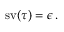
\operatorname { s v } ( \tau ) = \epsilon \, .